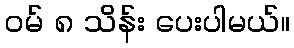
ဝမ် ၈ သိန်း ပေးပါမယ်။